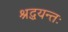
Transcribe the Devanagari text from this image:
श्रद्धयन्तः